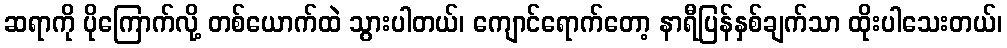
ဆရာကို ပိုကြောက်လို့ တစ်ယောက်ထဲ သွားပါတယ်၊ ကျောင်ရောက်တော့ နာရီပြန်နှစ်ချက်သာ ထိုးပါသေးတယ်၊